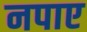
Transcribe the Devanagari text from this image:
नपाए